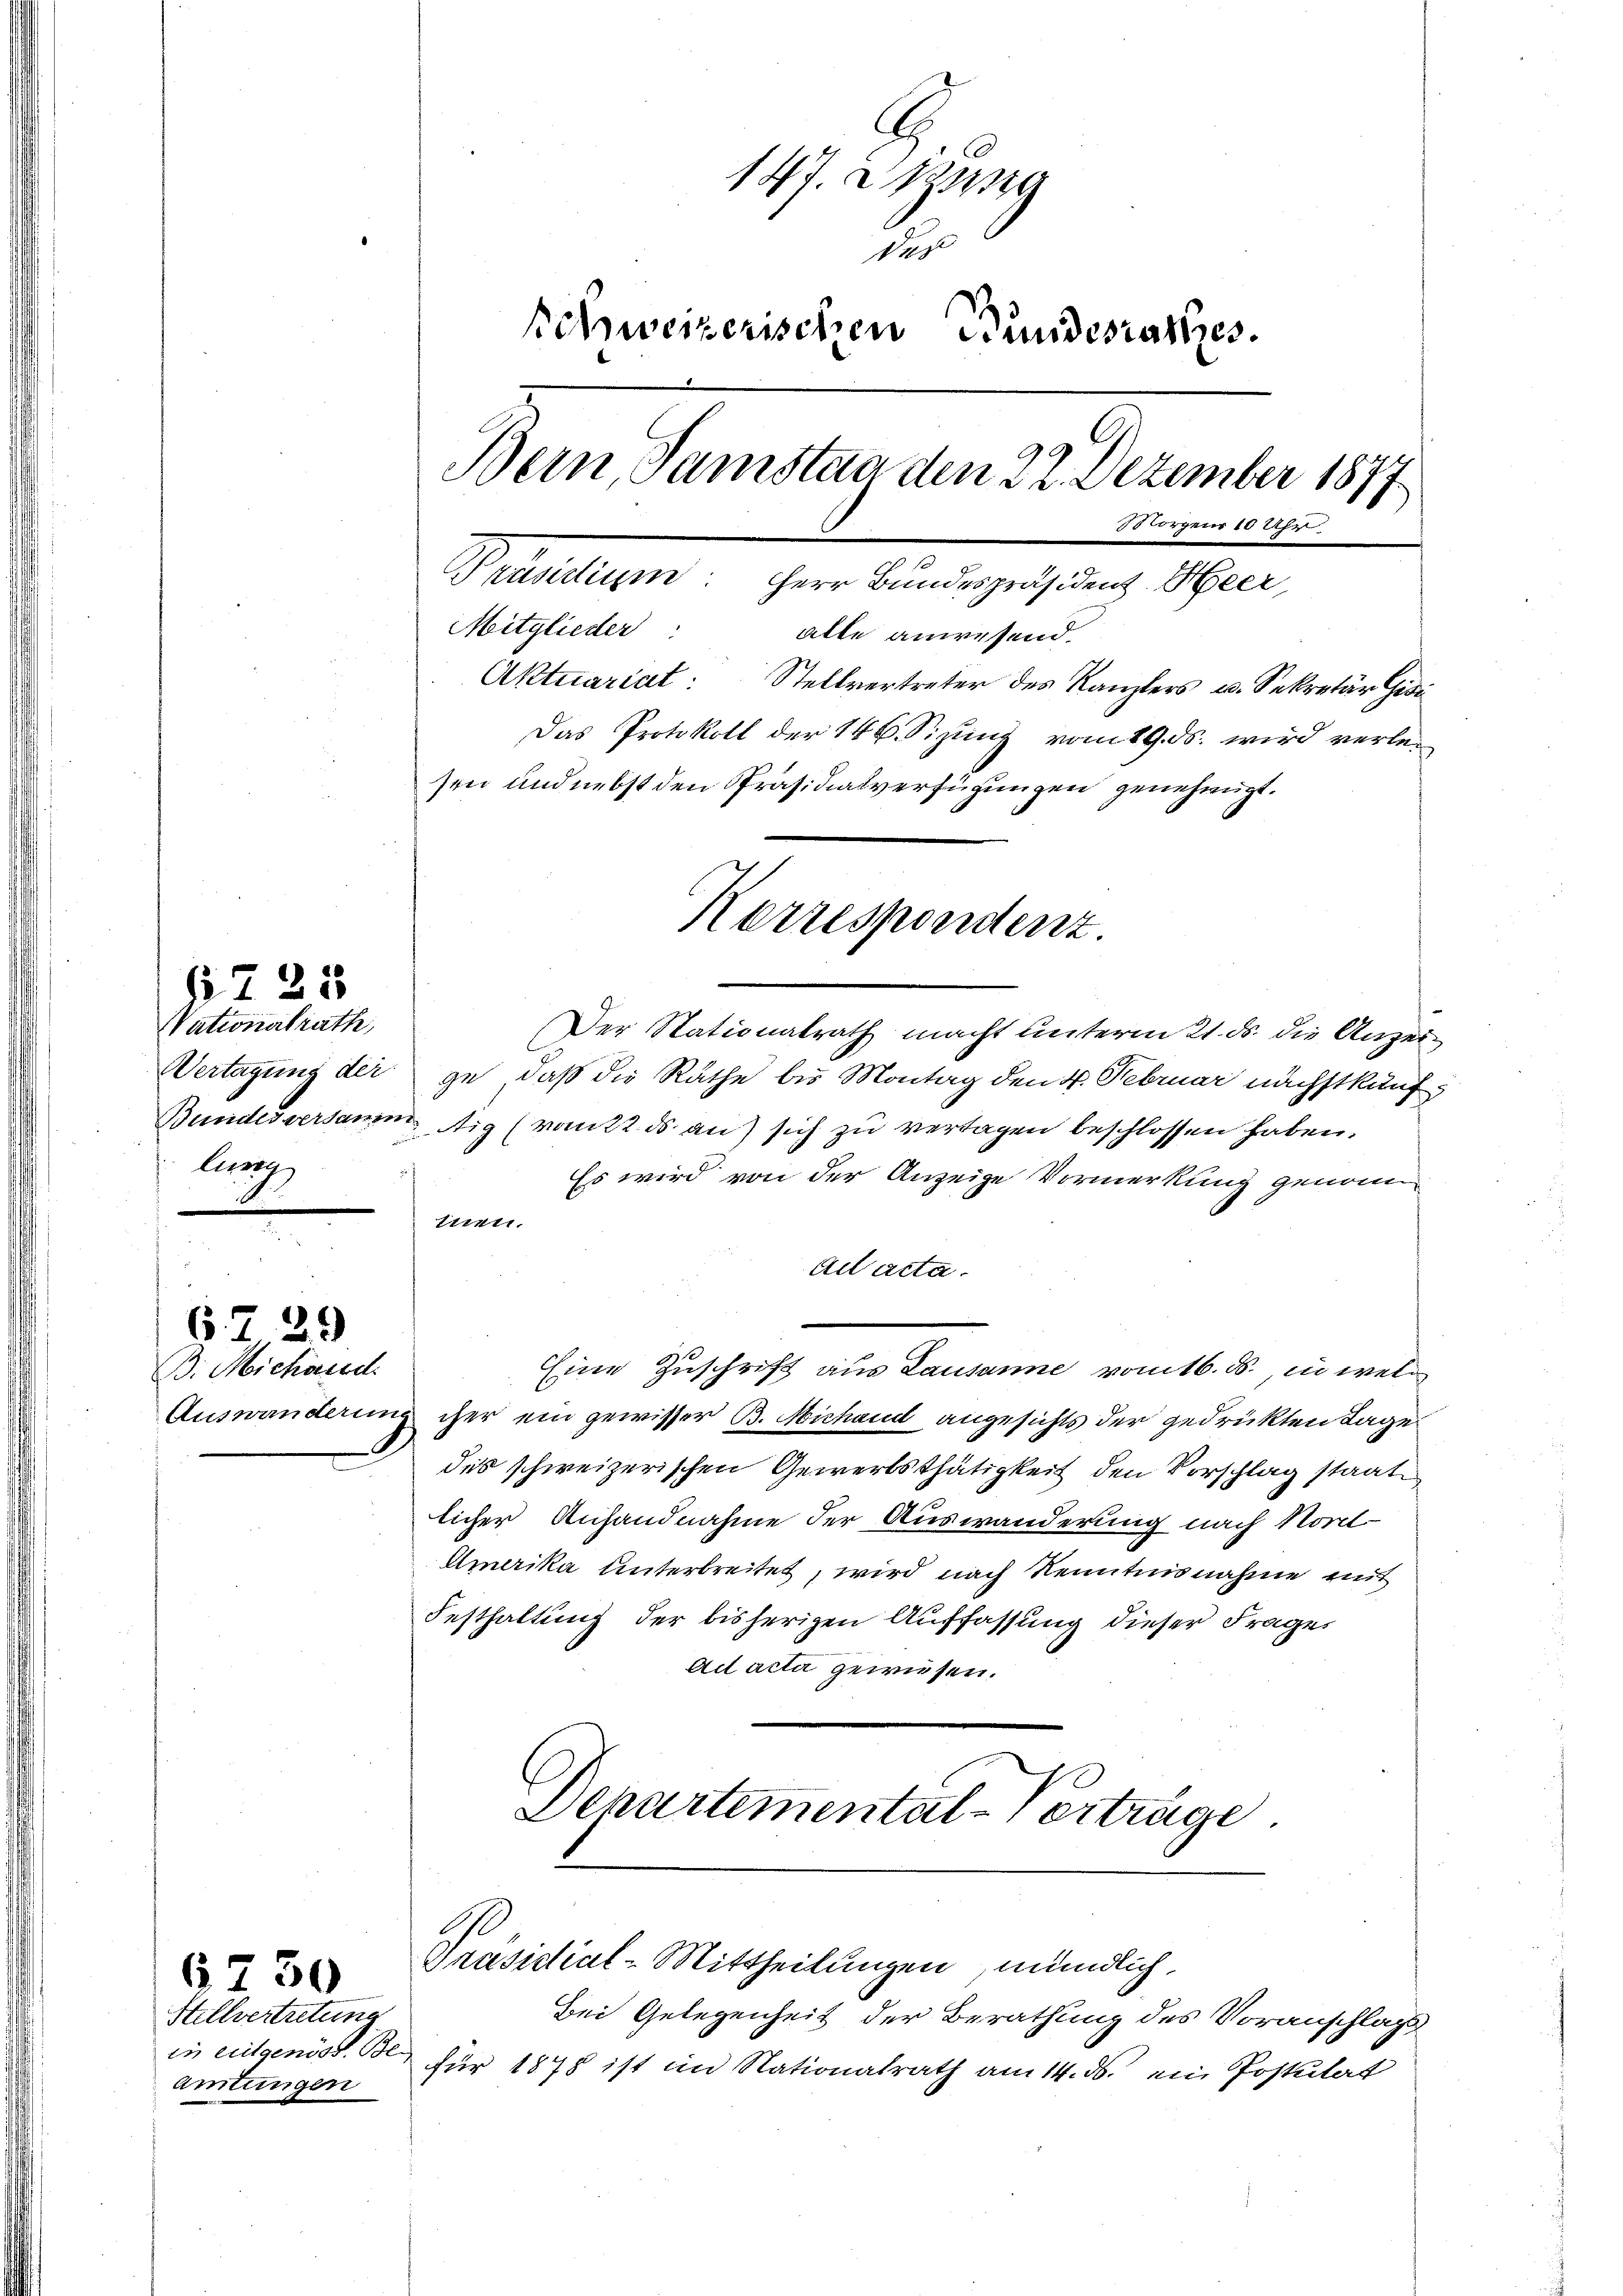
Nationalrath,
lung

629

§ 725

B. Michand

147. Digung
das
Schweizerischen Bundesratzes.
Bern, Samstan den 22. Dezember 1877
78 vorgens 10 Uhr
Präsidium: Herr Bundespräsident. Heer,
Mitglieder: alle anwesend.
Aktuariat: Stellvertreter des Kanzlers u. Sekretär Gisi
Das Protokoll der 146. Sizung vom 19. ds. wird verlesen und nebst den Präsidialverfügungen genehmigt.

Stellvertretung
in eidgenöss. Bl.
amtungen

6730

Der Stationalrath macht unterm 21. ds. die Anzei¬
Vertagung der ge, daß die Räthe bis Montag den 4. Februar nächstkünf¬
Bundesversamm ig (rankt ds an sich zu vertagen beschlossen haben.
Es wird von der Anzeige Vormerkung genommen.
Ad acta.
Eine Zuschrift aus Lausanne vom 16. ds. in wel¬
Auswanderung iher ein gewisser B. Michand angesichts der gedrückten Tage
des schweizerischen Gewerbsthätigkeit den Vorschlag staate
licher Anhandnahme der Auswanderung nach Nord-
Umerika unterbreitet, wird nach Kenntnisnahme mit
Festhaltung der bisherigen Auffassung dieser Frage
Ad acta gewiesen.
Departemental-Verträge

Korrespondenz.

Präsidial-Mittheilungen mündlich,
Bei Gelegenheit der Berathung des Voranschlag

für 1878 ist in Nationalrath am 14. ds. ein Postulat